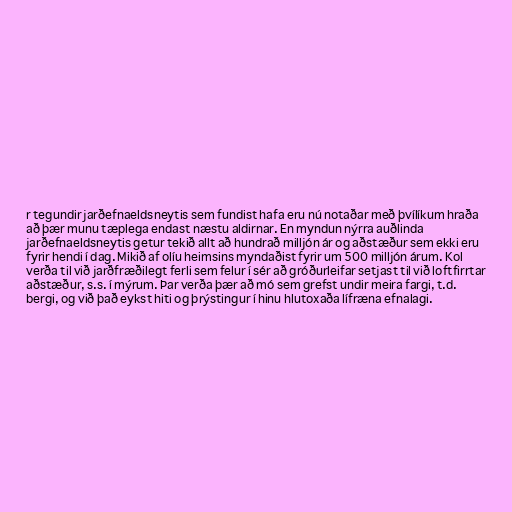
r tegundir jarðefnaeldsneytis sem fundist hafa eru nú notaðar með þvílíkum hraða
að þær munu tæplega endast næstu aldirnar. En myndun nýrra auðlinda
jarðefnaeldsneytis getur tekið allt að hundrað milljón ár og aðstæður sem ekki eru
fyrir hendi í dag. Mikið af olíu heimsins myndaðist fyrir um 500 milljón árum. Kol
verða til við jarðfræðilegt ferli sem felur í sér að gróðurleifar setjast til við loftfirrtar
aðstæður, s.s. í mýrum. Þar verða þær að mó sem grefst undir meira fargi, t.d.
bergi, og við það eykst hiti og þrýstingur í hinu hlutoxaða lífræna efnalagi.